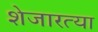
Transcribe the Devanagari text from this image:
शेजारत्या